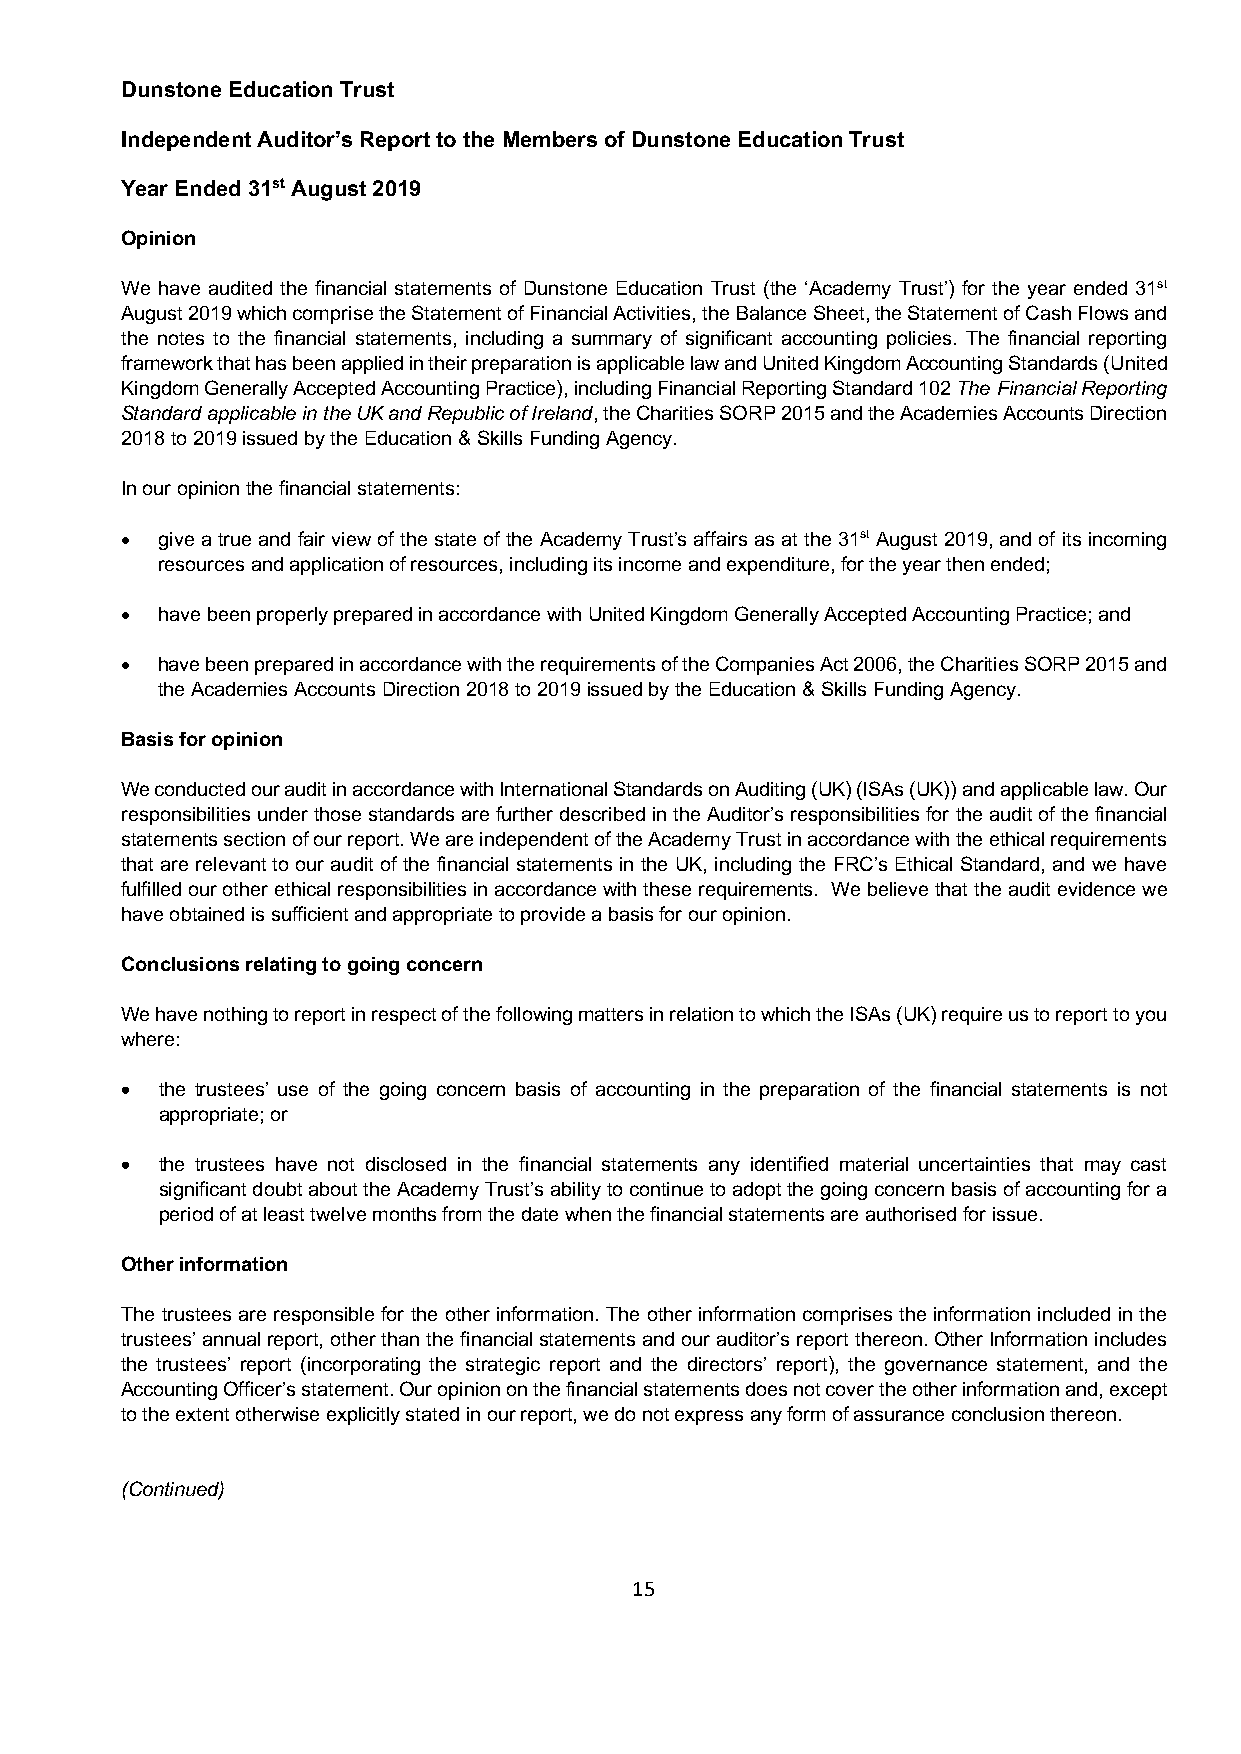
Dunstone Education Trust
 Independent Auditor’s Report to the Members of Dunstone Education Trust
 Year Ended 31st August 2019
 Opinion
 We have audited the financial statements of Dunstone Education Trust (the ‘Academy Trust’) for the year ended 31st
 August 2019 which comprise the Statement of Financial Activities, the Balance Sheet, the Statement of Cash Flows and
 the notes to the financial statements, including a summary of significant accounting policies. The financial reporting
 framework that has been applied in their preparation is applicable law and United Kingdom Accounting Standards (United
 Kingdom Generally Accepted Accounting Practice), including Financial Reporting Standard 102 The Financial Reporting
 Standard applicable in the UK and Republic of Ireland, the Charities SORP 2015 and the Academies Accounts Direction
 2018 to 2019 issued by the Education & Skills Funding Agency.
 In our opinion the financial statements:
 • give a true and fair view of the state of the Academy Trust’s affairs as at the 31st August 2019, and of its incoming
 resources and application of resources, including its income and expenditure, for the year then ended;
 • have been properly prepared in accordance with United Kingdom Generally Accepted Accounting Practice; and
 • have been prepared in accordance with the requirements of the Companies Act 2006, the Charities SORP 2015 and
 the Academies Accounts Direction 2018 to 2019 issued by the Education & Skills Funding Agency.
 Basis for opinion
 We conducted our audit in accordance with International Standards on Auditing (UK) (ISAs (UK)) and applicable law. Our
 responsibilities under those standards are further described in the Auditor’s responsibilities for the audit of the financial
 statements section of our report. We are independent of the Academy Trust in accordance with the ethical requirements
 that are relevant to our audit of the financial statements in the UK, including the FRC’s Ethical Standard, and we have
 fulfilled our other ethical responsibilities in accordance with these requirements. We believe that the audit evidence we
 have obtained is sufficient and appropriate to provide a basis for our opinion.
 Conclusions relating to going concern
 We have nothing to report in respect of the following matters in relation to which the ISAs (UK) require us to report to you
 where:
 • the trustees’ use of the going concern basis of accounting in the preparation of the financial statements is not
 appropriate; or
 • the trustees have not disclosed in the financial statements any identified material uncertainties that may cast
 significant doubt about the Academy Trust’s ability to continue to adopt the going concern basis of accounting for a
 period of at least twelve months from the date when the financial statements are authorised for issue.
 Other information
 The trustees are responsible for the other information. The other information comprises the information included in the
 trustees’ annual report, other than the financial statements and our auditor’s report thereon. Other Information includes
 the trustees’ report (incorporating the strategic report and the directors’ report), the governance statement, and the
 Accounting Officer’s statement. Our opinion on the financial statements does not cover the other information and, except
 to the extent otherwise explicitly stated in our report, we do not express any form of assurance conclusion thereon.
 (Continued)
 15